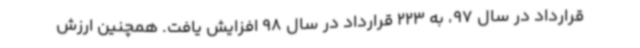
قرارداد در سال 97، به 223 قرارداد در سال 98 افزایش یافت. همچنین ارزش